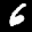
Label: 6